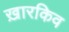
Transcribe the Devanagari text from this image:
ख़ारकिव